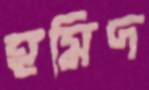
হমিদ